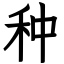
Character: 种